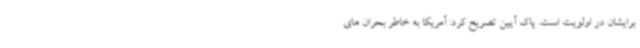
برایشان در اولویت است. پاک آیین تصریح کرد: آمریکا به خاطر بحران های